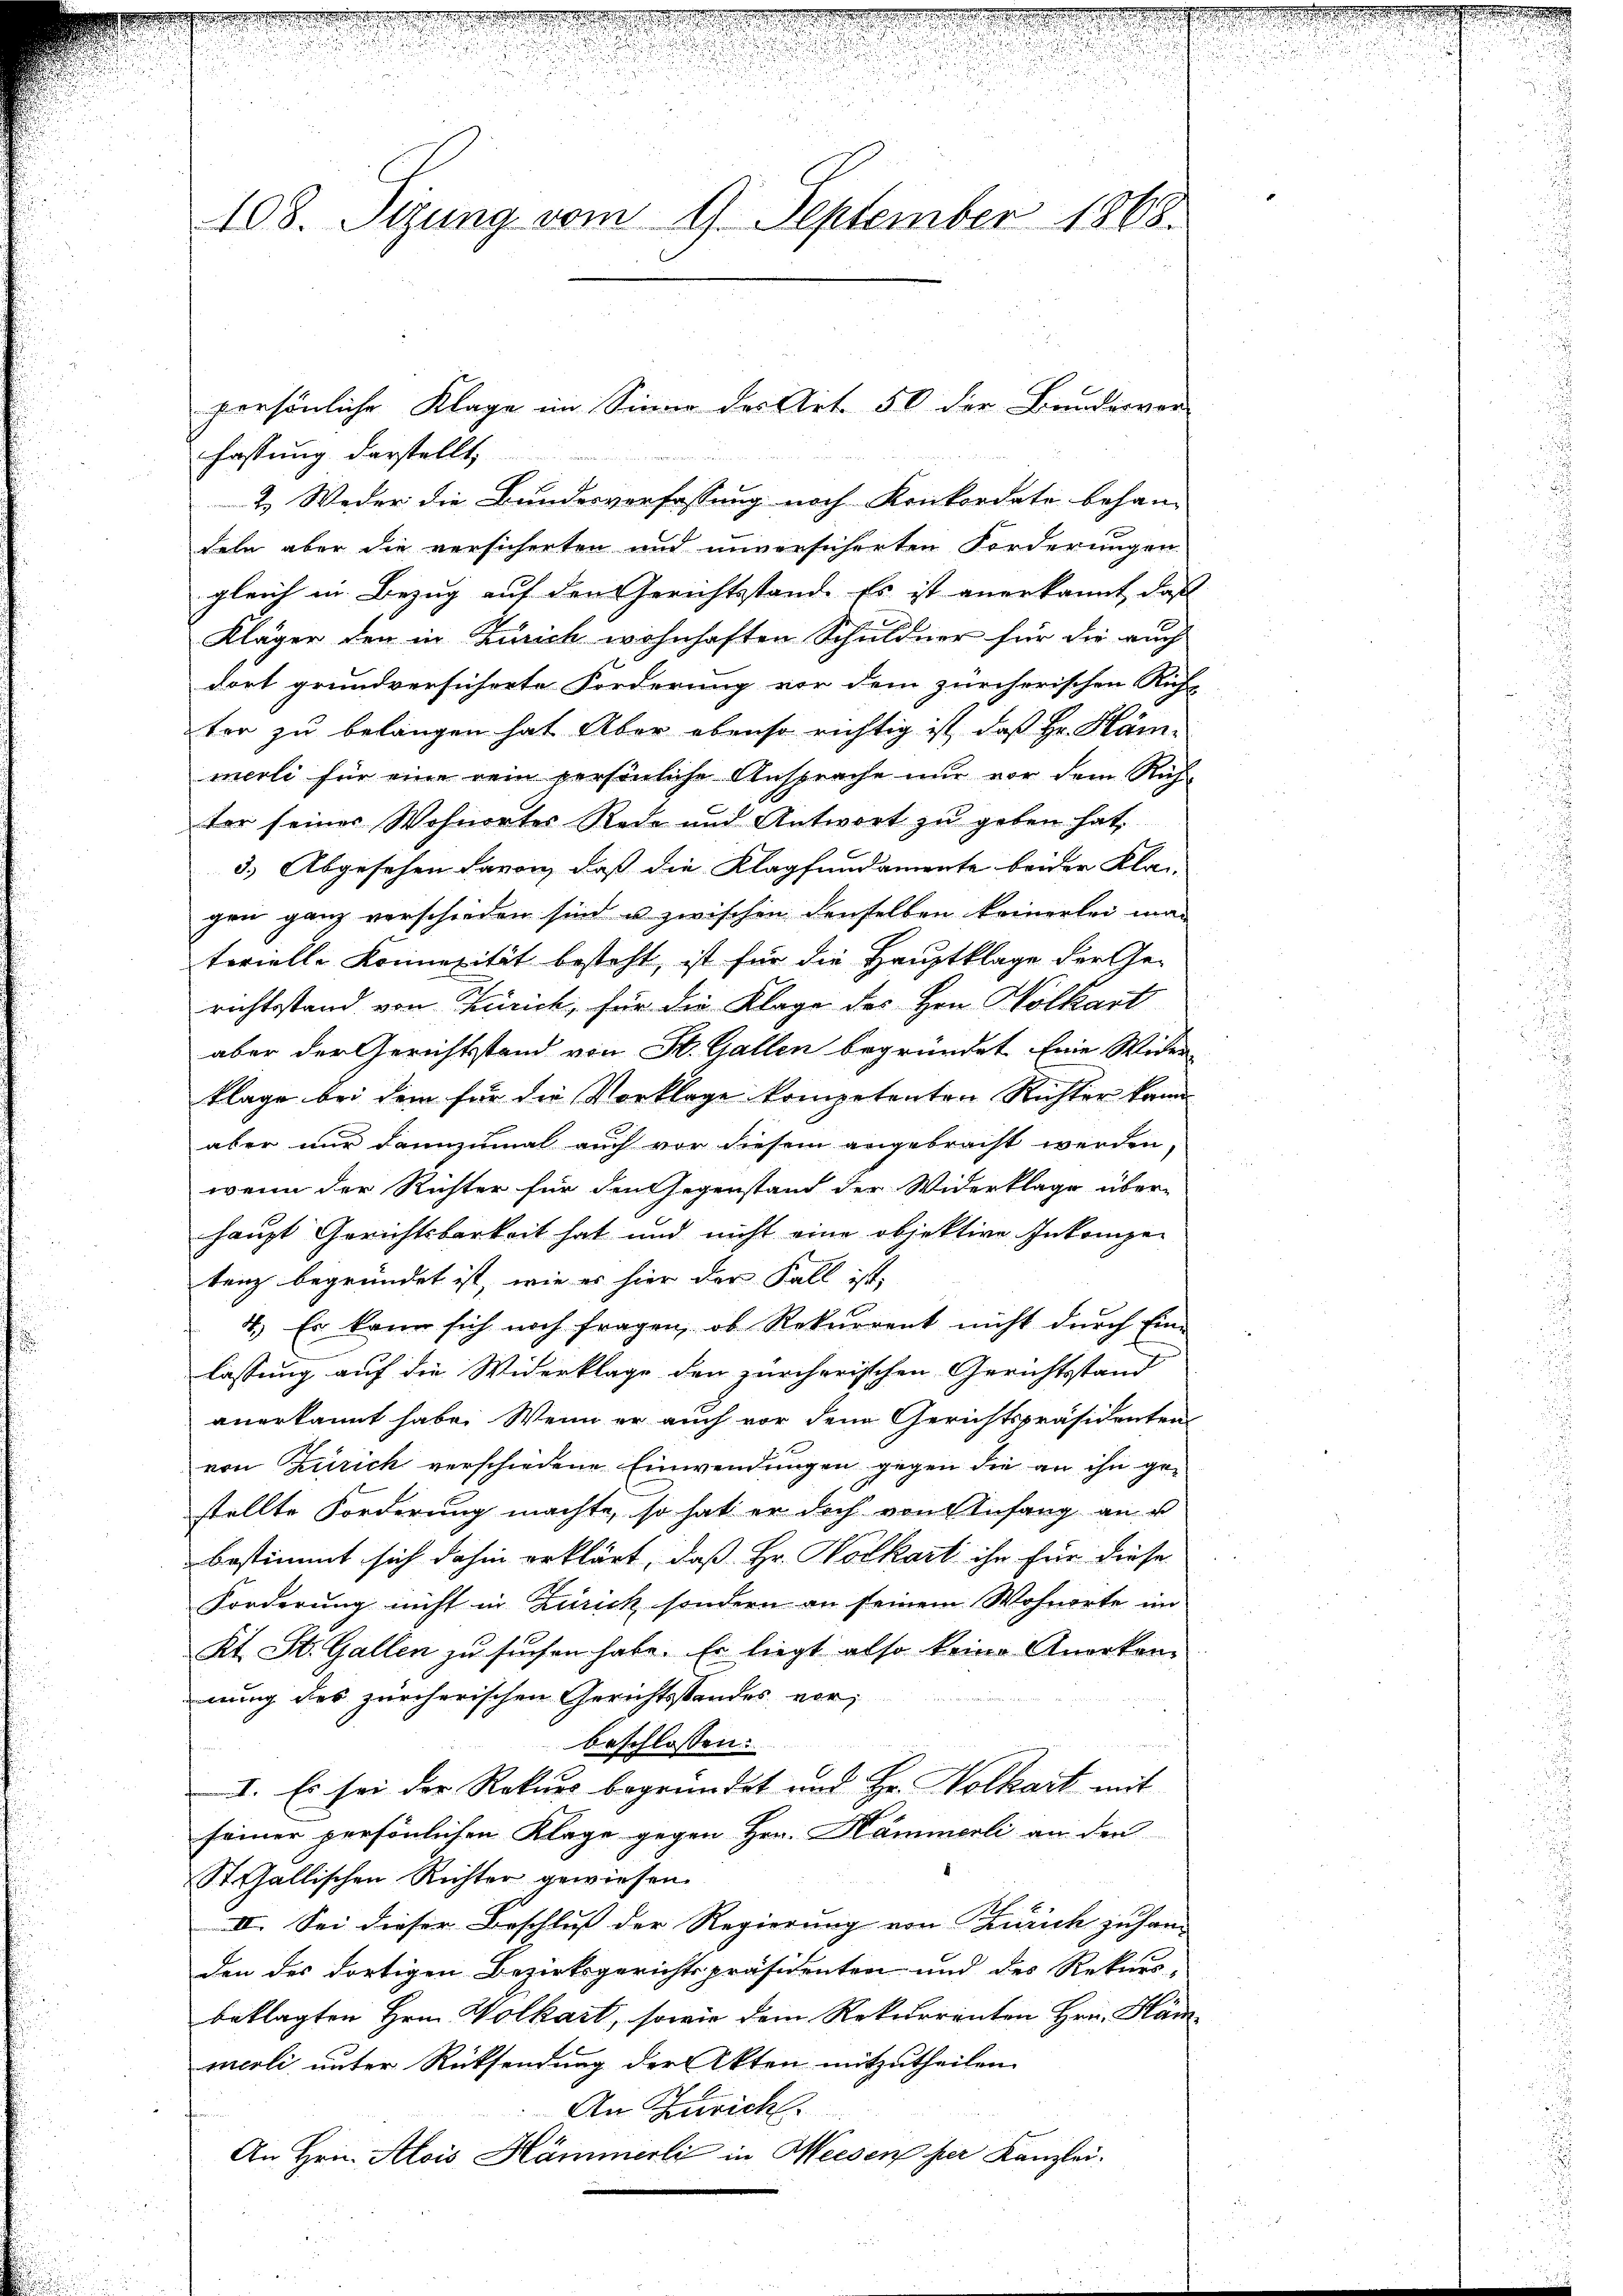
108. Sizung vom 9. September 1868.

fassung darstellt,
2. Weder die Bundesverfassung noch Konkordate behan-
deln aber die versicherten und unversicherten Forderungen
gleich in Bezug auf den Gerichtsstande Es ist anerkannt, daß
Kläger den in Zürich wohnhaften Schuldner für die auch
dort grundversicherte Forderung vor dem zürcherischen Richt
tor zu belangen hat. Aber ebenso richtig ist, daß Hr. Häm-
merli für eine rein persönliche Ansprache nur vor dem Richter seiner Wohnortes Rede und Antwort zu geben hat.
3.) Abgesehen davon, daß die Klagfundamente beider Kla
gen ganz verschieden sind u zwischen denselben keinerlei ma-
terielle Konnetität besteht, ist für die Hauptklage der Ge-
richtsstand von Zürich, für die Klage des Hrn. Volkart
aber der Gerichtsstand von St. Gallen begründet. Eine Wider
klage bei dem für die Vorklage kompetenten Richter kann
aber nur dannzumal auch vor diesem angebracht werden
wenn der Richter für den Gegenstand der Widerklage über-
haupt Gerichtsbarkeit hat und nicht eine objektive Inkompetenz begründet ist, wie es hier der Fall ist,
4.) Es kann sich noch fragen, ob Rekurrent nicht dŭrch Ein-
lassung auf die Widerklage den zürcherischen Gerichtsstand
anerkannt habe. Wenn er auch vor den Gerichtspräsidenten
von Zürich verschiedene Einwendungen gegen die an ihn gestellte Forderung machte, so hat er doch von Anfang an u
bestimmt sich dahin erklärt, daß Hr. Vorkart ihn für diese
Forderung nicht in Zürich, sondern an seinem Wohnorte im
Kt. St. Gallen zu suchen habe. Er liegt also keine Anerken-
nung des zürcherischen Gerichtsstandes vor,
beschlossen:
I. Es sei der Rekurs begründet und Hr. Volkart mit
seiner persönlichen Klage gegen Hrn. Hämmerli an den
St. Gallischen Richter gewiesen.
II. Sei dieser Beschluß der Regierung von Zürich zusam-
den des dortigen Bezirksgerichtspräsidenten und des Rekurs-
beklagten Hrn. Wolkart, sowie dem Rekurrenten Hrn. Häm
merli unter Rücksendung der Akten mitzutheilen.
An Zürich.
An Hrn. Alois Hämmerli in Weesen her Kanzlei.

persönliche Klage im Sinne des Art. 50 der Banderver-